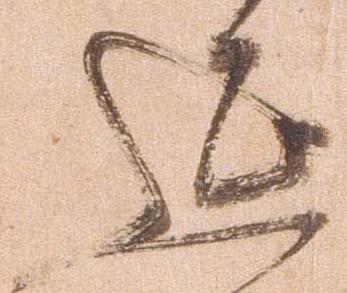
延